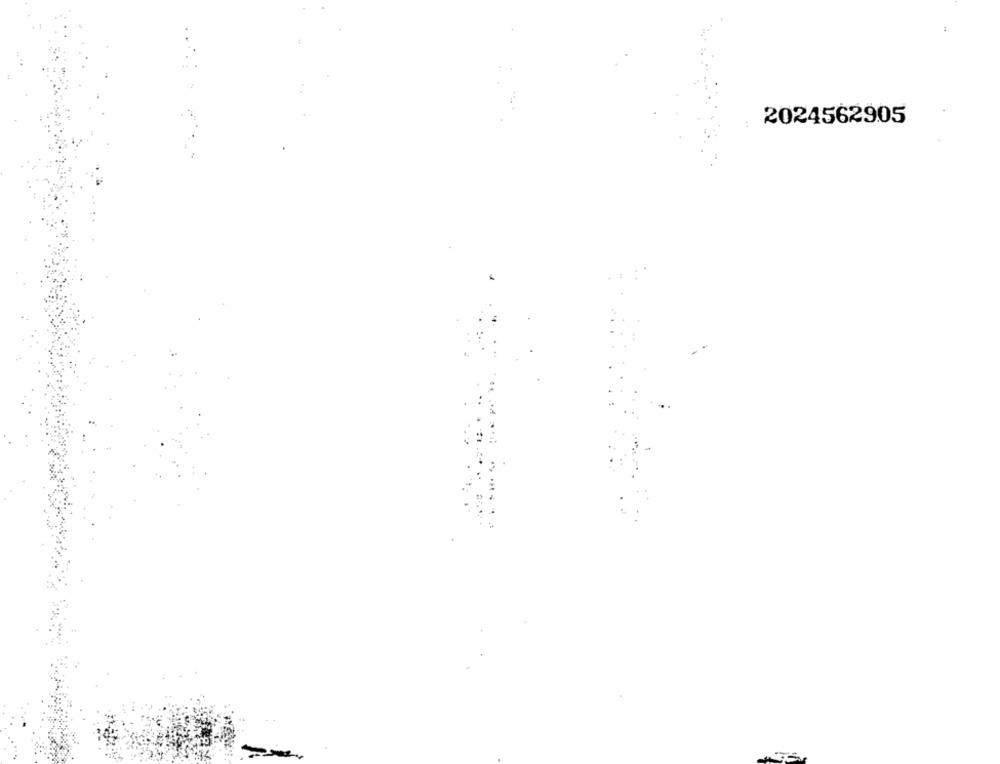
2024562905